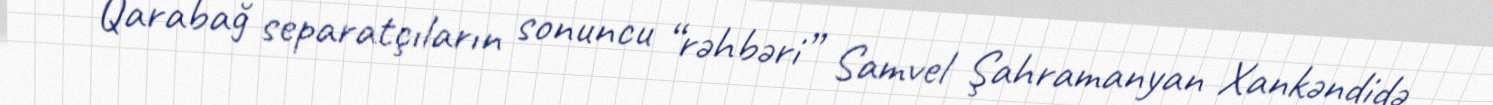
- Qarabağ separatçıların sonuncu “rəhbəri” Samvel Şahramanyan Xankəndidə